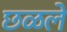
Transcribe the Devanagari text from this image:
छळले